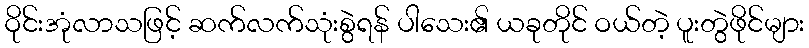
ဝိုင်းအုံလာသဖြင့် ဆက်လက်သုံးစွဲရန် ပါသေး၏ ယခုတိုင် ဝယ်တဲ့ ပူးတွဲဖိုင်များ